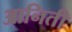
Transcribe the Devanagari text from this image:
आनिती